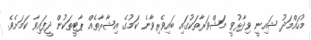
މުހައްމަދު ޝައިނީ ވިދާޅުވީ މަޝްވަރާތަކުގައި ބައިވެރިވާނެ ކަމުގެ އިޝާރާތެއް ޕާޓީތަކުން ދީފައިވާ ކަމަށެވެ.